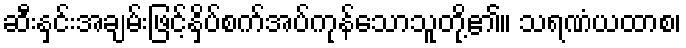
ဆီးနှင်းအချမ်းဖြင့်နှိပ်စက်အပ်ကုန်သောသူတို့၏။ သရဏံယထာစ၊